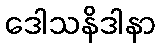
ဒေါသနိဒါနာ